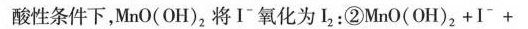
酸性条件下，MnO(OH)_{2}将I^{-}氧化为I_{2}：②$$M n O (OH)_{2}